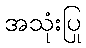
အသုံးပြု